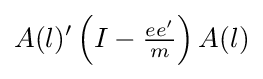
A(l)'\left(I-{\tfrac {ee'}{m}}\right)A(l)